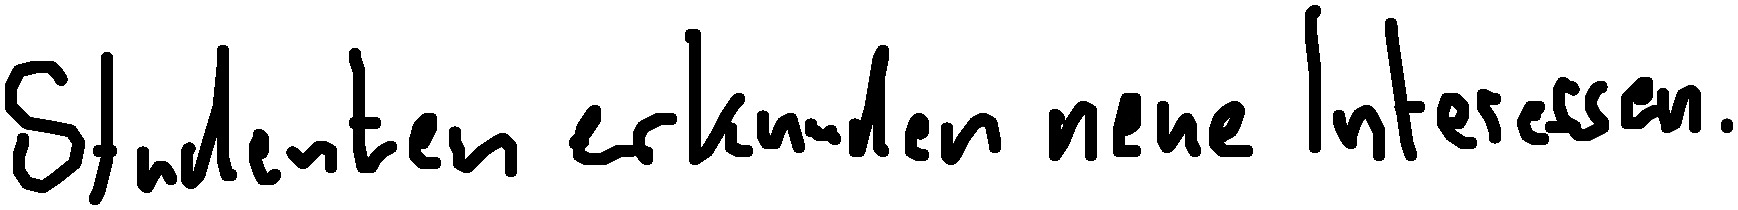
Studenten erkunden neue Interessen.